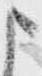
申